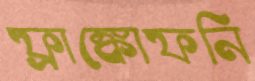
ফ্রাঙ্কোফনি